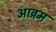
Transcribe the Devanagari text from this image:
आव्रम